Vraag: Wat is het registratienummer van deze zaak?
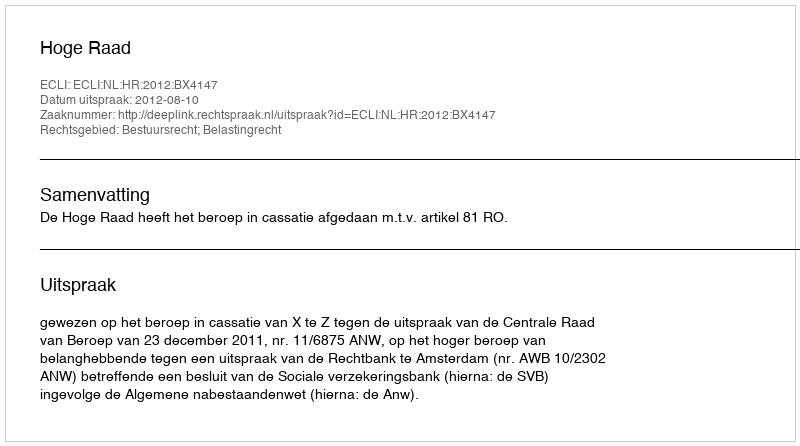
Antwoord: http://deeplink.rechtspraak.nl/uitspraak?id=ECLI:NL:HR:2012:BX4147